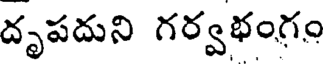
దృపదుని గర్వభంగం